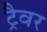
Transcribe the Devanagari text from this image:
ट्रैवर